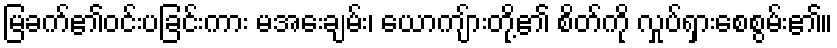
မြခက်၏ဝင်းပခြင်းကား မအေးချမ်း၊ ယောကျ်ားတို့၏ စိတ်ကို လှုပ်ရှားစေစွမ်း၏။